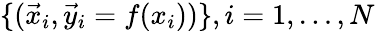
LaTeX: \{ (\vec{x}_{i},\vec{y}_{i}=f(x_{i}))\} ,i=1,\ldots,N